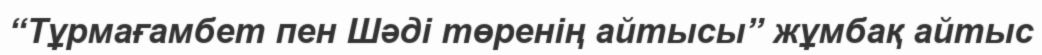
“Тұрмағамбет пен Шәді төренің айтысы” жұмбақ айтыс